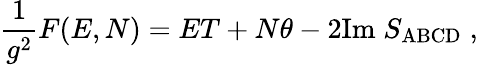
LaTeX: \frac{1}{g^{2}}F(E,N)=ET+N\theta-2\mathrm{Im}\; S_{\mathrm{ABCD}}\; ,